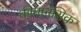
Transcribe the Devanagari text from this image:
कीमानसिक